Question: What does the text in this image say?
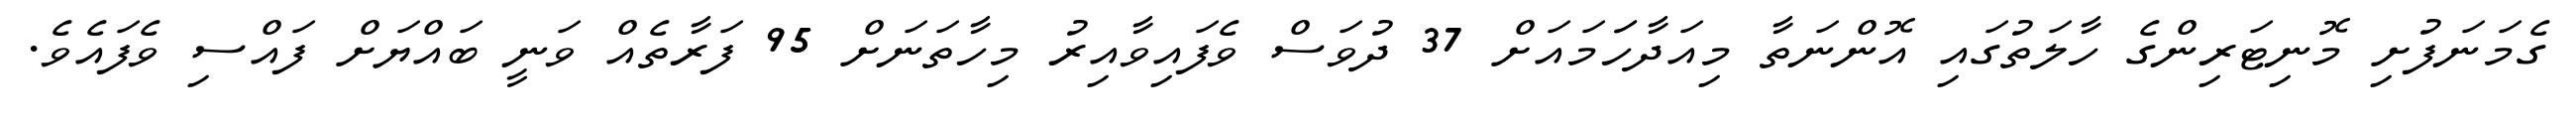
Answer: ގެމަނަފުށި މޮނިޓަރިންގެ ހާލަތުގައި އޮންނަތާ މިއަދާހަަމައަށް 37 ދުވަސް ވެފައިވާއިރު މިހާތަނަށް 95 ފަރާތެއް ވަނީ ބައްޔަށް ފައްސި ވެފައެވެ.